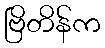
ဗြိတိန်က